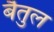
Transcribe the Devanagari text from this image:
बेैतुल